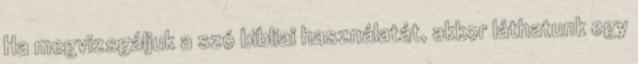
Ha megvizsgáljuk a szó bibliai használatát, akkor láthatunk egy